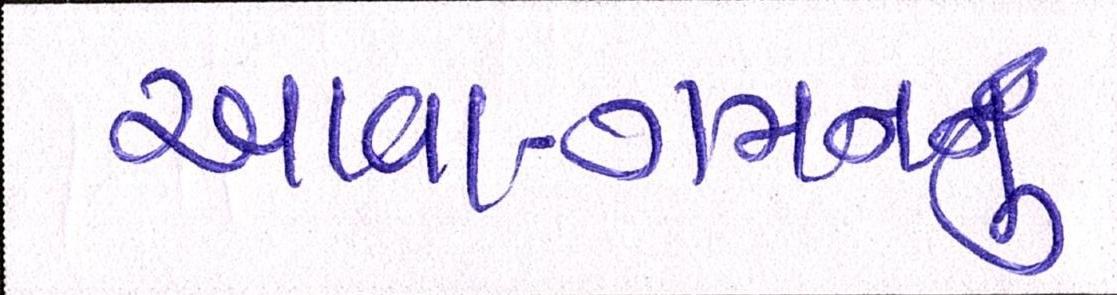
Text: આવા-ગમનનું